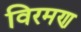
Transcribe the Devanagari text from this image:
विरमण